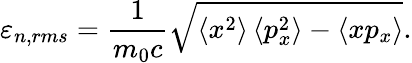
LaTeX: \varepsilon_{n,rms}=\frac{1}{m_{0}c}\sqrt[]{\left\langle x^{2}\right\rangle\left\langle p_{x}^{2}\right\rangle-\left\langle xp_{x}\right\rangle}.